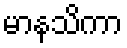
မာနသိကာ